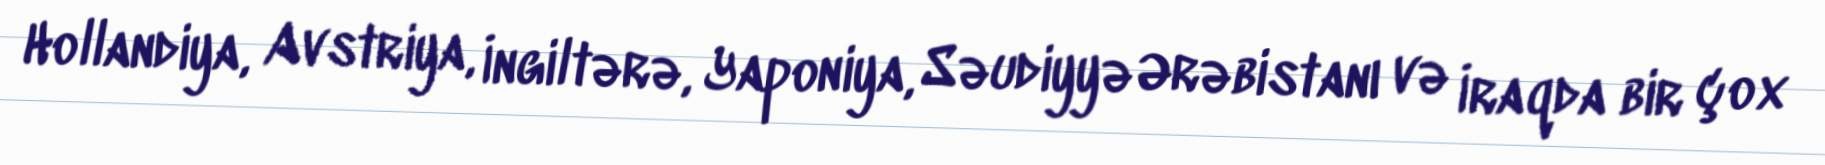
Hollandiya, Avstriya, İngiltərə, Yaponiya, Səudiyyə Ərəbistanı və İraqda bir çox